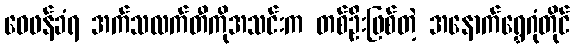
ဝေဖန်ခံရ အက်သလက်တီကိုအသင်းက တစ်ဦးဖြစ်တဲ့ အနောက်ရွှေဂုံတိုင်